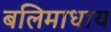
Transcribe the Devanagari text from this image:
बलिमाधाय